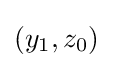
(y_{1},z_{0})